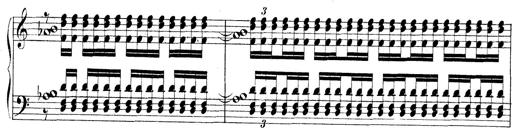
Title: Technische Studien
Composer: Franz Liszt